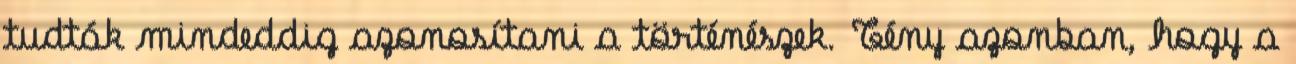
tudták mindeddig azonosítani a történészek. Tény azonban, hogy a